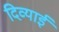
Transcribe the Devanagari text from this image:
दिव्याई